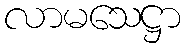
လာမသေဋ္ဌာ